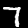
Label: 7